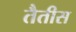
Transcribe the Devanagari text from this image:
तैतीस